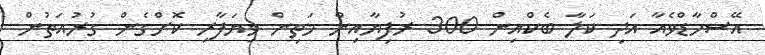
އޭސްހާޑްވެެއާ އަދި ކަލާ ބެކްއިން 300 ރުފިޔާއިން މަތިން ވިޔަފާރި ކޮށްގެން ގުރުއަތުން